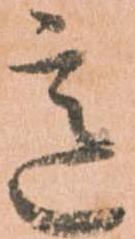
意